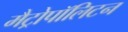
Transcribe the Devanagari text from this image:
मैट्रोपॉलिटन